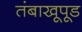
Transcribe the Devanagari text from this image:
तंबाखूपूड